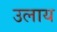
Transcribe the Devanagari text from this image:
उलाय